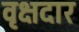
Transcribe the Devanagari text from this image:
वृक्षदार